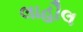
લાહૌલ